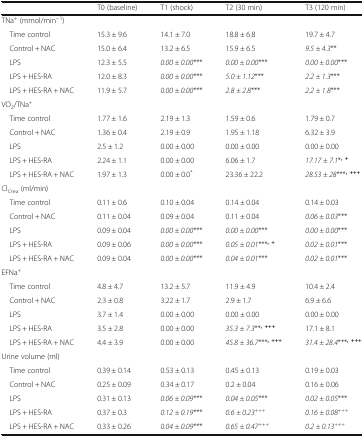
<table><thead><tr><td></td><td><b>T0 (baseline)</b></td><td><b>T1 (shock)</b></td><td><b>T2 (30 min)</b></td><td><b>T3 (120 min)</b></td></tr></thead><tbody><tr><td colspan="5">TNa<sup>+</sup> (mmol/min<sup>−1</sup>)</td></tr><tr><td> Time control</td><td>15.3 ± 9.6</td><td>14.1 ± 7.0</td><td>18.8 ± 6.8</td><td>19.7 ± 4.7</td></tr><tr><td> Control + NAC</td><td>15.0 ± 6.4</td><td>13.2 ± 6.5</td><td>15.9 ± 6.5</td><td><i>9.5 ± 4.3</i>**</td></tr><tr><td> LPS</td><td>12.3 ± 5.5</td><td><i>0.00 ± 0.00</i>***</td><td><i>0.00 ± 0.00</i>***</td><td><i>0.00 ± 0.00</i>***</td></tr><tr><td> LPS + HES-RA</td><td>12.0 ± 8.3</td><td><i>0.00 ± 0.00</i>***</td><td><i>5.0 ± 1.12</i>***</td><td><i>2.2 ± 1.3</i>***</td></tr><tr><td> LPS + HES-RA + NAC</td><td>11.9 ± 5.7</td><td><i>0.00 ± 0.00</i>***</td><td><i>2.8 ± 2.8</i>***</td><td><i>2.2 ± 1.8</i>***</td></tr><tr><td colspan="5">VO<sub>2</sub>/TNa<sup>+</sup></td></tr><tr><td> Time control</td><td>1.77 ± 1.6</td><td>2.19 ± 1.3</td><td>1.59 ± 0.6</td><td>1.79 ± 0.7</td></tr><tr><td> Control + NAC</td><td>1.36 ± 0.4</td><td>2.19 ± 0.9</td><td>1.95 ± 1.18</td><td>6.32 ± 3.9</td></tr><tr><td> LPS</td><td>2.5 ± 1.2</td><td>0.00 ± 0.00</td><td>0.00 ± 0.00</td><td>0.00 ± 0.00</td></tr><tr><td> LPS + HES-RA</td><td>2.24 ± 1.1</td><td>0.00 ± 0.00</td><td>6.06 ± 1.7</td><td><i>17.17 ± 7.1</i>*<sup><b>, +</b></sup></td></tr><tr><td> LPS + HES-RA + NAC</td><td>1.97 ± 1.3</td><td>0.00 ± 0.0<sup>*</sup></td><td>23.36 ± 22.2</td><td><i>28.53 ± 28</i>***<sup><b>, +++</b></sup></td></tr><tr><td colspan="5">Cl<sub>Crea</sub> (ml/min)</td></tr><tr><td> Time control</td><td>0.11 ± 0.6</td><td>0.10 ± 0.04</td><td>0.14 ± 0.04</td><td>0.14 ± 0.03</td></tr><tr><td> Control + NAC</td><td>0.11 ± 0.04</td><td>0.09 ± 0.04</td><td>0.11 ± 0.04</td><td><i>0.06 ± 0.03</i>***</td></tr><tr><td> LPS</td><td>0.09 ± 0.04</td><td><i>0.00 ± 0.00</i>***</td><td><i>0.00 ± 0.00</i>***</td><td><i>0.00 ± 0.00</i>***</td></tr><tr><td> LPS + HES-RA</td><td>0.09 ± 0.06</td><td><i>0.00 ± 0.00</i>***</td><td><i>0.05 ± 0.01</i>***<sup><b>, +</b></sup></td><td><i>0.02 ± 0.01</i>***</td></tr><tr><td> LPS + HES-RA + NAC</td><td>0.09 ± 0.04</td><td><i>0.00 ± 0.00</i>***</td><td><i>0.04 ± 0.01</i>***</td><td><i>0.02 ± 0.01</i>***</td></tr><tr><td colspan="5">EFNa<sup>+</sup></td></tr><tr><td> Time control</td><td>4.8 ± 4.7</td><td>13.2 ± 5.7</td><td>11.9 ± 4.9</td><td>10.4 ± 2.4</td></tr><tr><td> Control + NAC</td><td>2.3 ± 0.8</td><td>3.22 ± 1.7</td><td>2.9 ± 1.7</td><td>6.9 ± 6.6</td></tr><tr><td> LPS</td><td>3.7 ± 1.4</td><td>0.00 ± 0.00</td><td>0.00 ± 0.00</td><td>0.00 ± 0.00</td></tr><tr><td> LPS + HES-RA</td><td>3.5 ± 2.8</td><td>0.00 ± 0.00</td><td><i>35.3 ± 7.3</i>**<sup><b>, +++</b></sup></td><td>17.1 ± 8.1</td></tr><tr><td> LPS + HES-RA + NAC</td><td>4.4 ± 3.9</td><td>0.00 ± 0.00</td><td><i>45.8 ± 36.7</i>***<sup><b>, +++</b></sup></td><td><i>31.4 ± 28.4</i>***<sup><b>, +++</b></sup></td></tr><tr><td colspan="5">Urine volume (ml)</td></tr><tr><td> Time control</td><td>0.39 ± 0.14</td><td>0.53 ± 0.13</td><td>0.45 ± 0.13</td><td>0.19 ± 0.03</td></tr><tr><td> Control + NAC</td><td>0.25 ± 0.09</td><td>0.34 ± 0.17</td><td>0.2 ± 0.04</td><td>0.16 ± 0.06</td></tr><tr><td> LPS</td><td>0.31 ± 0.13</td><td><i>0.06 ± 0.09</i>***</td><td><i>0.04 ± 0.05</i>***</td><td><i>0.02 ± 0.05</i>***</td></tr><tr><td> LPS + HES-RA</td><td>0.37 ± 0.3</td><td><i>0.12 ± 0.19</i>***</td><td><i>0.6 ± 0.23</i><sup>+++</sup></td><td><i>0.16 ± 0.08</i><sup>+++</sup></td></tr><tr><td> LPS + HES-RA + NAC</td><td>0.33 ± 0.26</td><td><i>0.04 ± 0.09</i>***</td><td><i>0.65 ± 0.47</i><sup>+++</sup></td><td><i>0.2 ± 0.13</i><sup>+++</sup></td></tr></tbody></table>